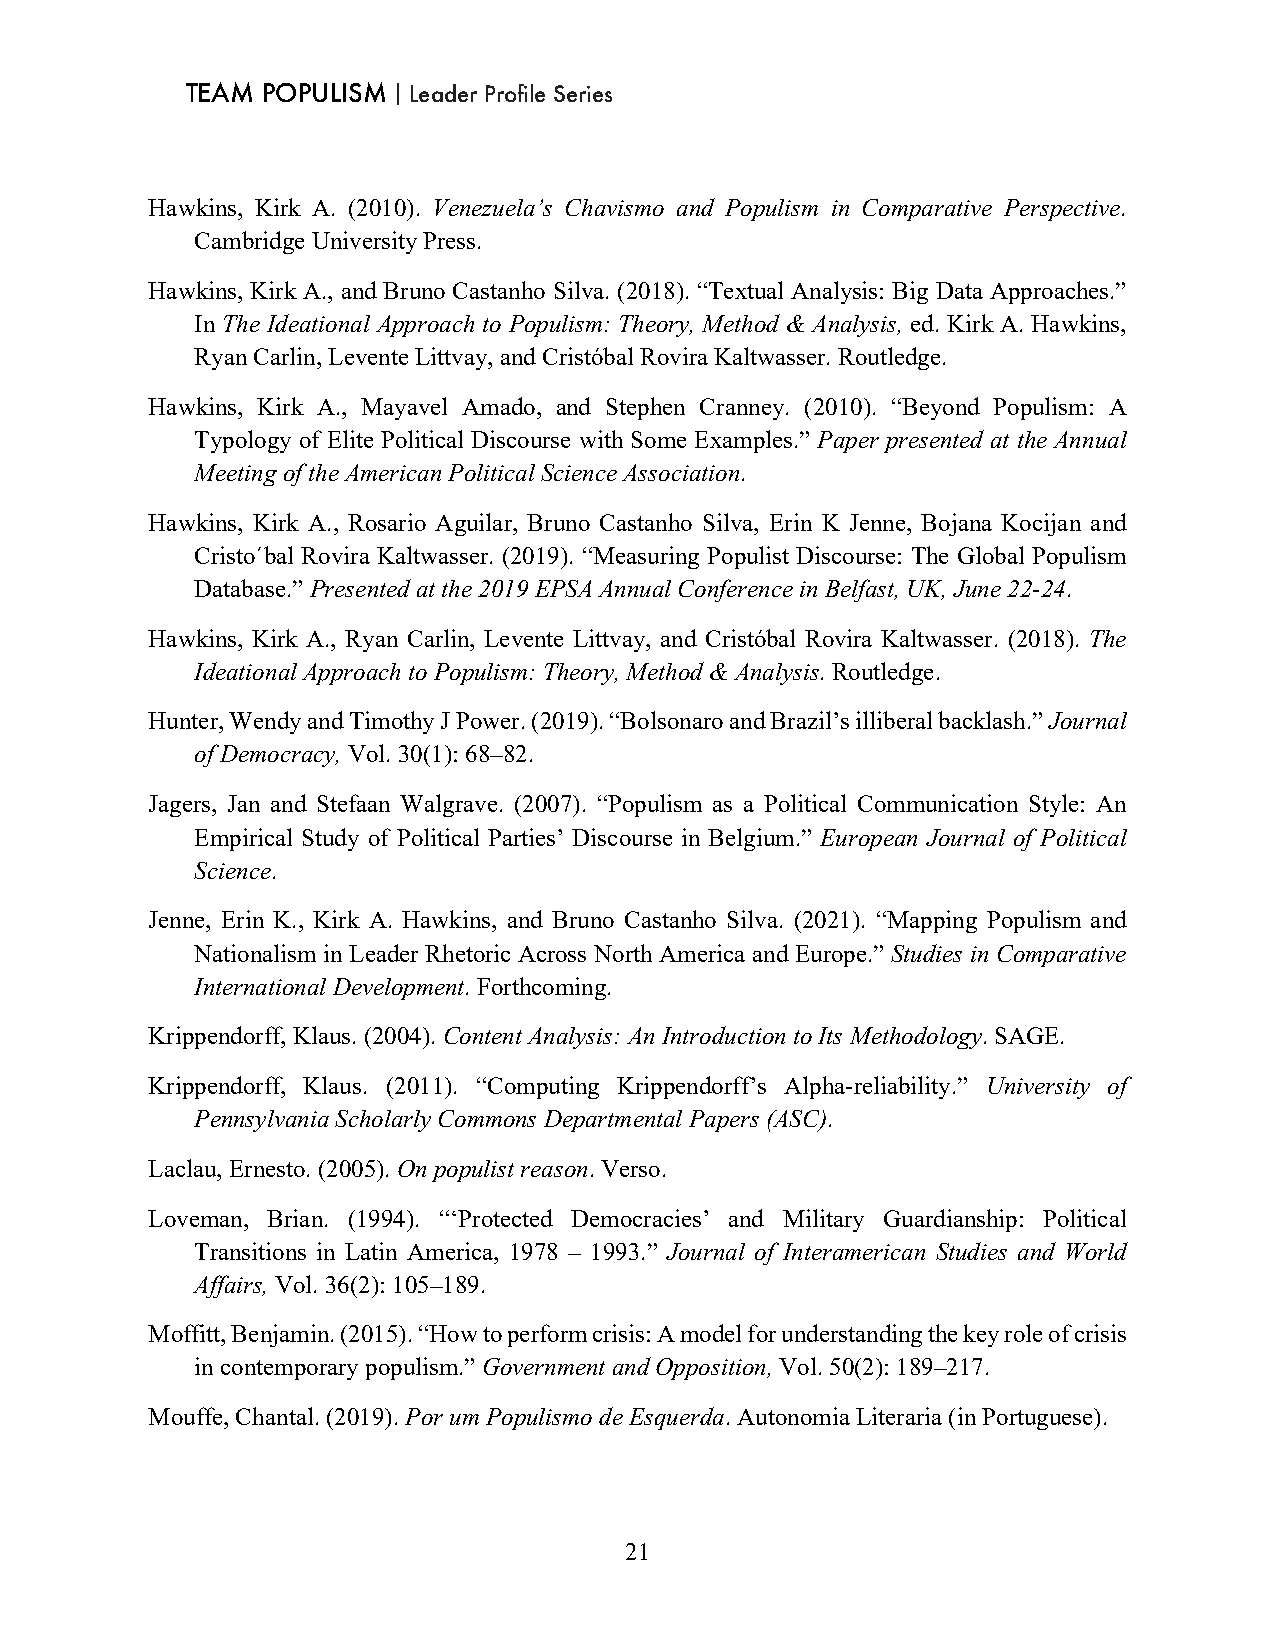
TEAM POPULISM｜Leader Profile Series
 Hawkins, Kirk A. (2010). Venezuela’s Chavismo and Populism in Comparative Perspective.
 Cambridge University Press.
 Hawkins, Kirk A., and Bruno Castanho Silva. (2018). “Textual Analysis: Big Data Approaches.”
 In The Ideational Approach to Populism: Theory, Method & Analysis, ed. Kirk A. Hawkins,
 Ryan Carlin, Levente Littvay, and Cristóbal Rovira Kaltwasser. Routledge.
 Hawkins, Kirk A., Mayavel Amado, and Stephen Cranney. (2010). “Beyond Populism: A
 Typology of Elite Political Discourse with Some Examples.” Paper presented at the Annual
 Meeting of the American Political Science Association.
 Hawkins, Kirk A., Rosario Aguilar, Bruno Castanho Silva, Erin K Jenne, Bojana Kocijan and
 Cristo´bal Rovira Kaltwasser. (2019). “Measuring Populist Discourse: The Global Populism
 Database.” Presented at the 2019 EPSA Annual Conference in Belfast, UK, June 22-24.
 Hawkins, Kirk A., Ryan Carlin, Levente Littvay, and Cristóbal Rovira Kaltwasser. (2018). The
 Ideational Approach to Populism: Theory, Method & Analysis. Routledge.
 Hunter, Wendy and Timothy J Power. (2019). “Bolsonaro and Brazil’s illiberal backlash.” Journal
 of Democracy, Vol. 30(1): 68–82.
 Jagers, Jan and Stefaan Walgrave. (2007). “Populism as a Political Communication Style: An
 Empirical Study of Political Parties’ Discourse in Belgium.” European Journal of Political
 Science.
 Jenne, Erin K., Kirk A. Hawkins, and Bruno Castanho Silva. (2021). “Mapping Populism and
 Nationalism in Leader Rhetoric Across North America and Europe.” Studies in Comparative
 International Development. Forthcoming.
 Krippendorff, Klaus. (2004). Content Analysis: An Introduction to Its Methodology. SAGE.
 Krippendorff, Klaus. (2011). “Computing Krippendorff’s Alpha-reliability.” University of
 Pennsylvania Scholarly Commons Departmental Papers (ASC).
 Laclau, Ernesto. (2005). On populist reason. Verso.
 Loveman, Brian. (1994). “‘Protected Democracies’ and Military Guardianship: Political
 Transitions in Latin America, 1978 – 1993.” Journal of Interamerican Studies and World
 Affairs, Vol. 36(2): 105–189.
 Moffitt, Benjamin. (2015). “How to perform crisis: A model for understanding the key role of crisis
 in contemporary populism.” Government and Opposition, Vol. 50(2): 189–217.
 Mouffe, Chantal. (2019). Por um Populismo de Esquerda. Autonomia Literaria (in Portuguese).
 21